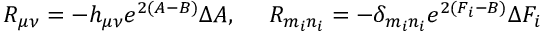
R _ { \mu \nu } = - h _ { \mu \nu } e ^ { 2 ( A - B ) } \Delta A , ~ ~ ~ ~ R _ { m _ { i } n _ { i } } = - \delta _ { m _ { i } n _ { i } } e ^ { 2 ( F _ { i } - B ) } \Delta F _ { i }